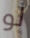
لو